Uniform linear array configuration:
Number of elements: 4
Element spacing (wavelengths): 1
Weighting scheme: exponential
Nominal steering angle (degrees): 15
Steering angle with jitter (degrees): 16.757
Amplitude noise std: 0.05
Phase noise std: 0.05

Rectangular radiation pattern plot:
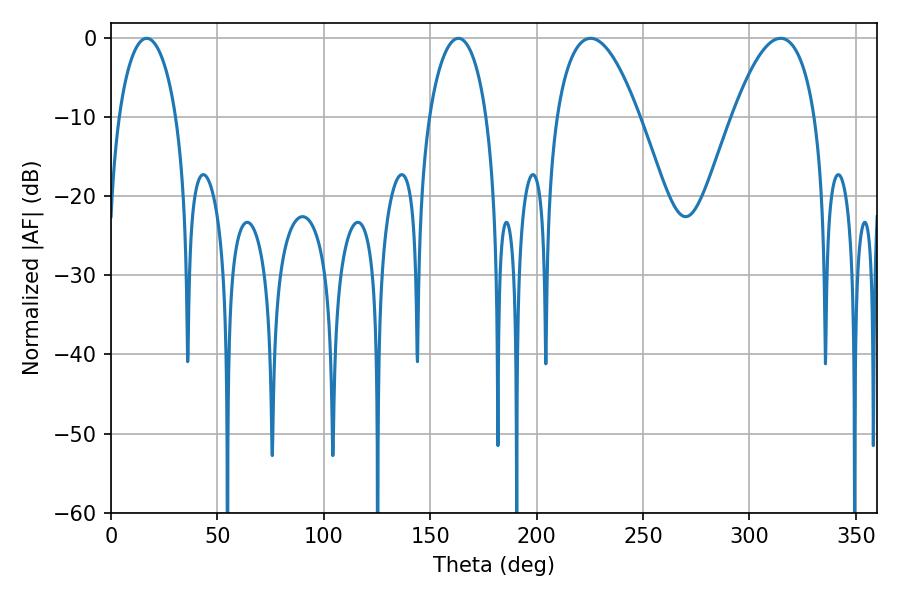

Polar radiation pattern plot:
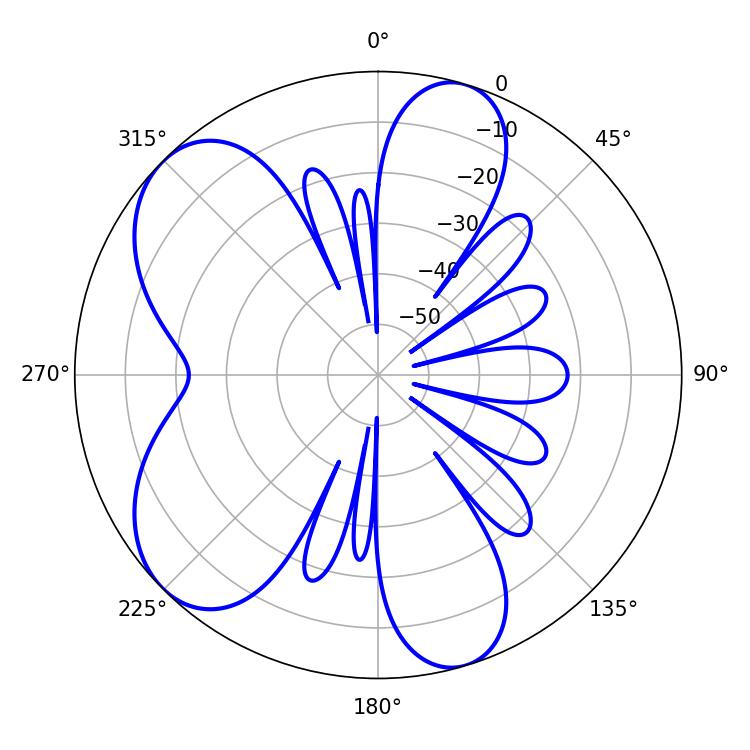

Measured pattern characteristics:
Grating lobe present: TRUE
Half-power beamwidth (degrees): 21.42
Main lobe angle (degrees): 225.36